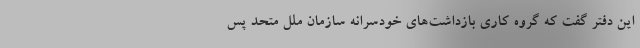
این دفتر گفت که گروه كاریِ بازداشت‌های خودسرانه سازمان ملل متحد پس